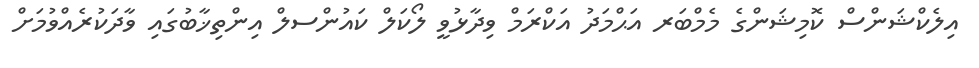
އިލެކްޝަންސް ކޮމިޝަންގެ މެމްބަރ އަޙްމަދު އަކްރަމް ވިދާޅުވީ ލޯކަލް ކައުންސލް އިންތިޚާބުގައި ވާދަކުރެއްވުމަށް